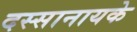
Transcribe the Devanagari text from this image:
दस्सानायके